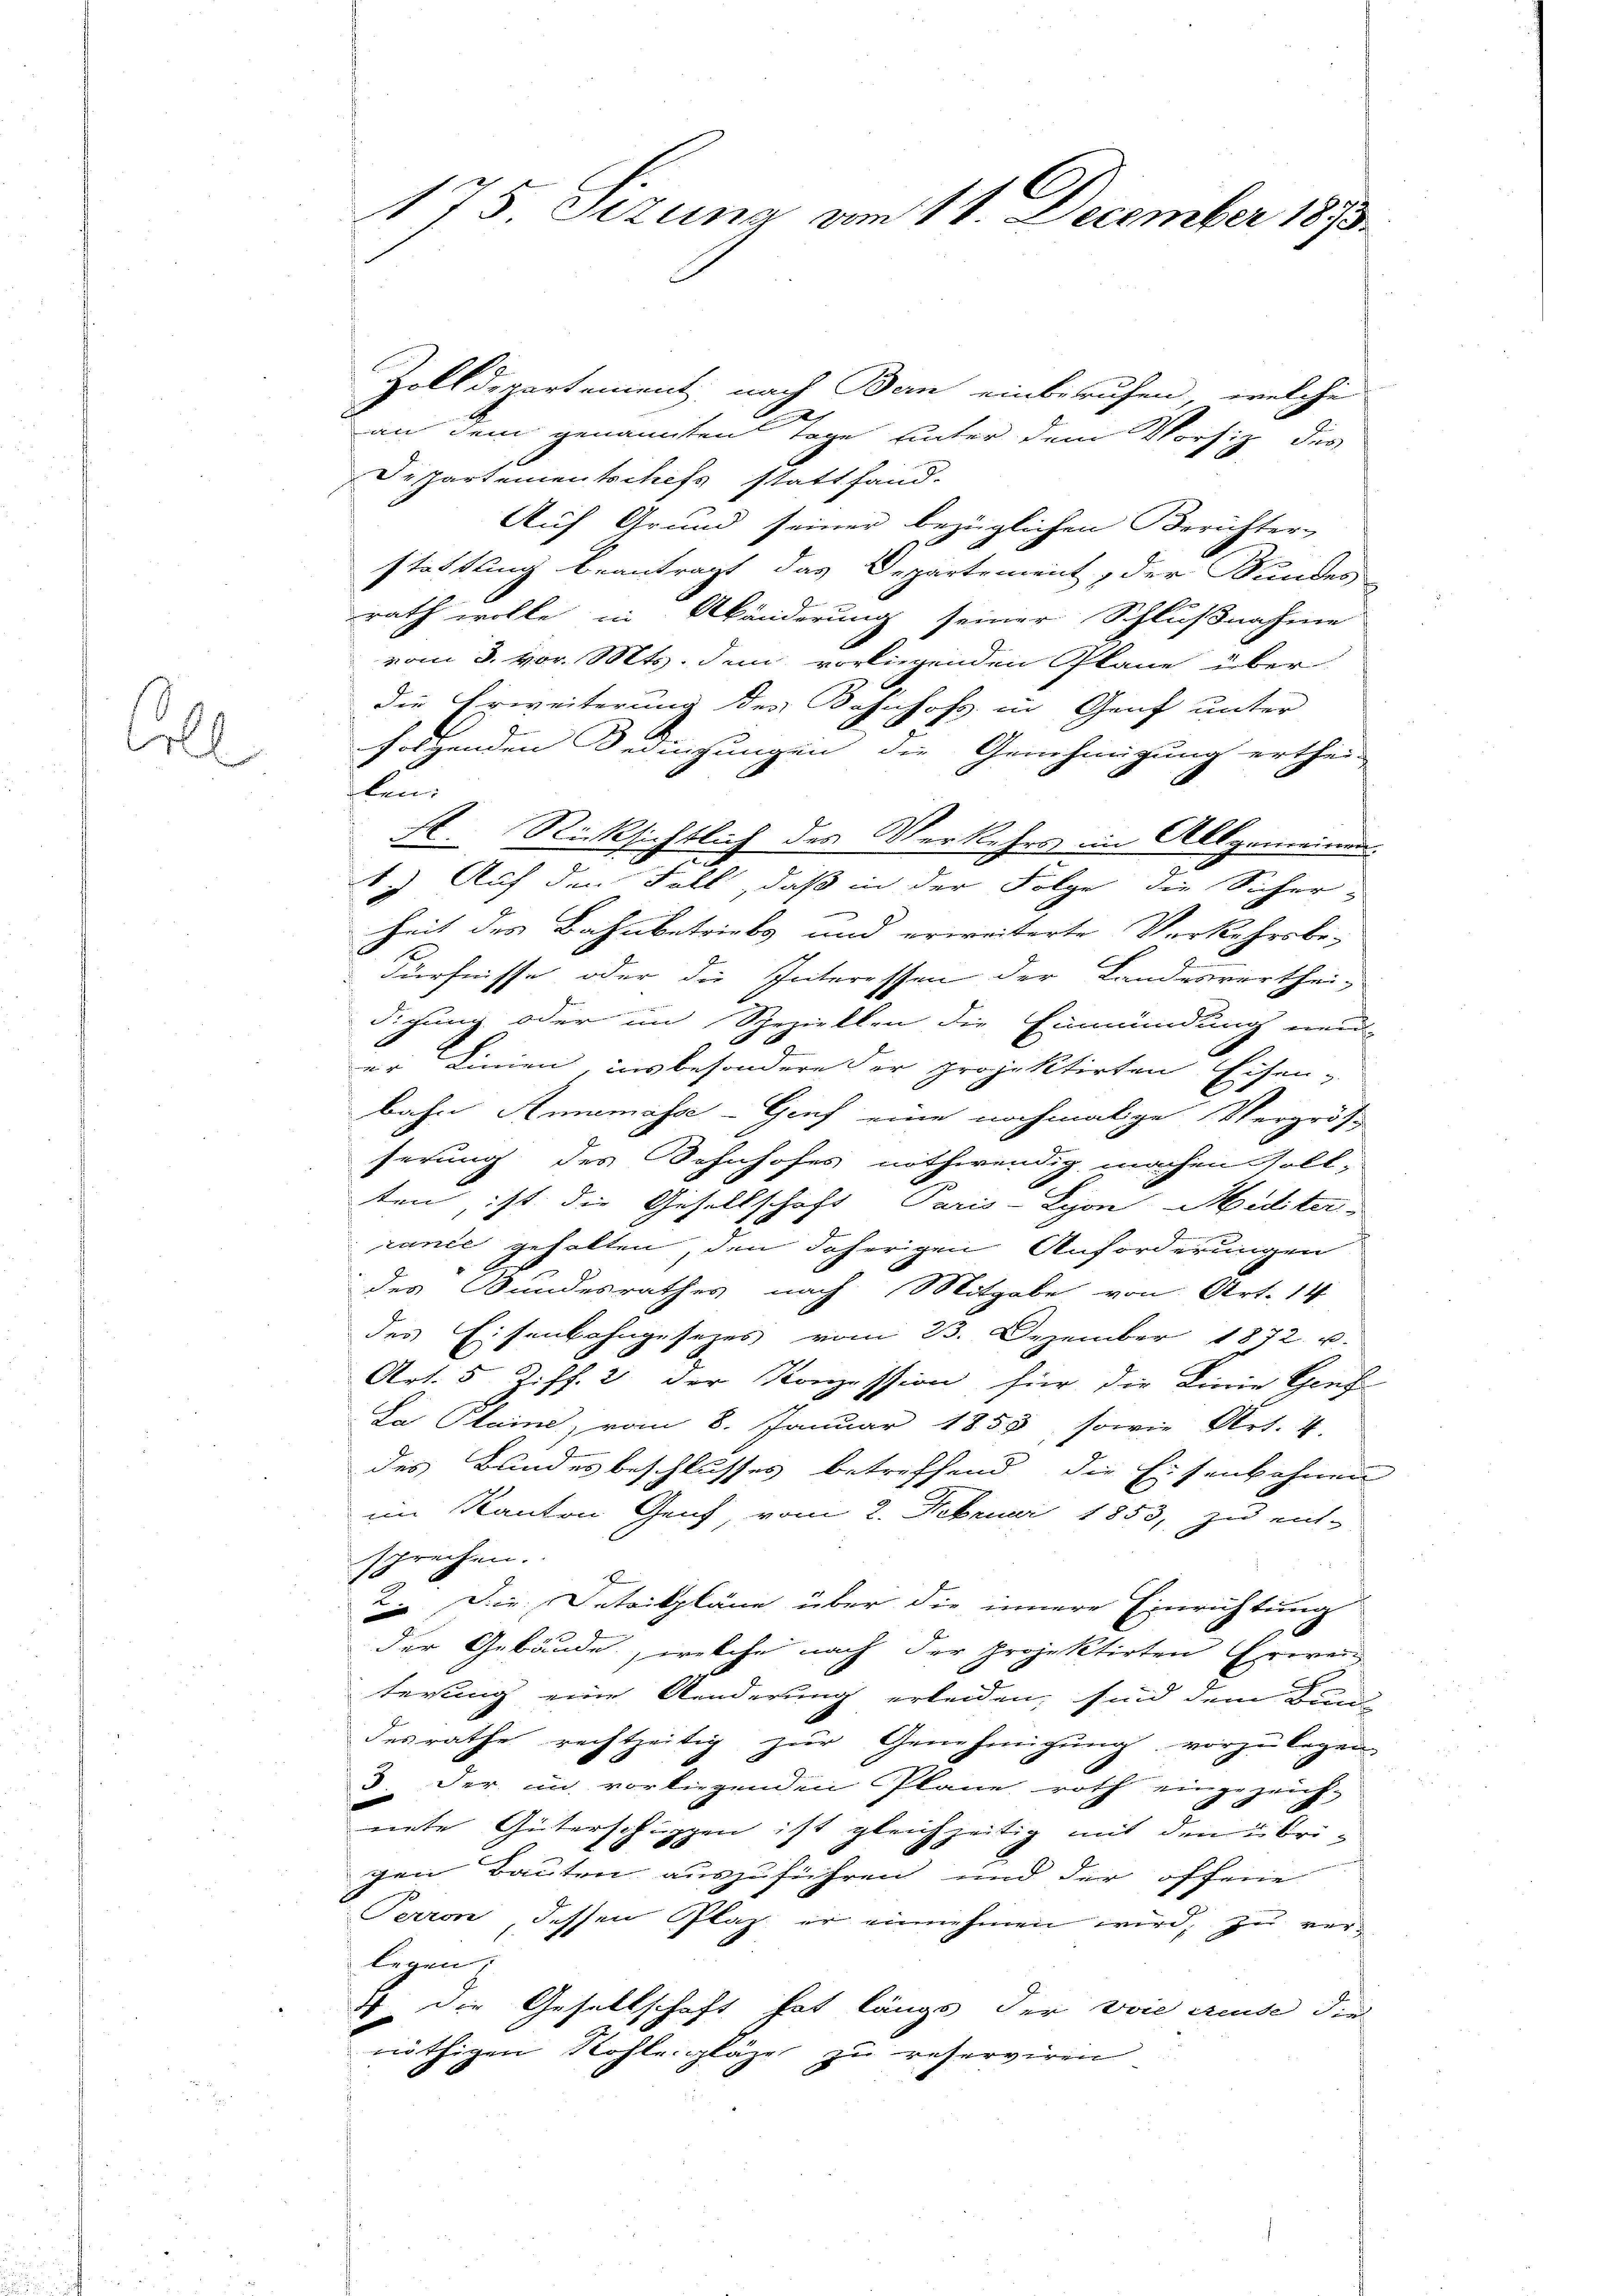
l

175 Sizung am 11. December 1873.

Zolldepartement, nach Ban einberufen, welche
an dem genannten Tage unter dem Vorsitz des
Despartementschefs statt hand-
Auf Grund seiner bezüglichen Berichter
stattung beantragt, das Departement, der Sundes
rath wolle in Abänderung seiner Schlußnahme
vom 3. vor. Mts. dem vorliegenden Pläne über
die Erweiterung des Bahnhofs in Genf unter
folgenden Bedingungen die Genehmigung erthei-
ten:
A. Rücksichtlich des Verkehrs im Allgemeinde.
.) Auf den Fall, daß in der Folge die Sicher
heit des Bahnbetriebs und erweiterte Verkehrsbe-
dürfnisse oder die Interessen der Landesverthei-
u
digung oder im Speziellen die Einmündung neu-
er Linien, insbesondere der projektirten Eisen-
bahn Annemasse-Genf eine nochmalige Vergröß
serung des Sohnhofes nothwendig machen soll-
b
ten, ist die Gesellschaft Paris-Lyon, Midter-
rance gehalten, den daherigen Anforderungen
des Bundesrathes nach Mitgabe von Art. 14
des Eisenbahngesetzes vom 23. Dezember 1872 u.
Art. 5 Ziff. 2 der Konzession für die Linie Genf
Da Plaine, vom 8. Januar 1855, sowie Art. 4.
des Bundesbeschlusses betreffend die Eisenbahnen
im Kanton Genf vom 2. Februar 1853, zu ent-
sprechen.
2. Die Detailpläne über die innere Einrichtung
der Gebäude, welche nach der projektirten Grien
terung eine Aenderung erleiden, sind dem Bun
desrathe rechtzeitig zur Genehmigung vorzulegen
3. der in vorliegenden Plane roth eingezeich-
nete Güterschuppen ist gleichzeitig mit den übrigen Bauten auszuführen und der offene
Perron, dessen Plaz er einnehmen wird, zu verlegen;
4 die Gesellschaft hat längs der voie treuse die
nöthigen Kohle gläge zu reserviren